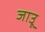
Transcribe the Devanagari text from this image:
जाउू